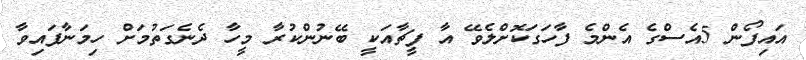
އައިފޯން 5އެސްގެ އެންމެ ފާހަގަކޮށްލެވޭ އާ ފީޗާއަކީ ބޭނުންކުރާ މީހާ ދެނެގަތުމަށް ހިމަނާފައިވާ